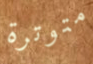
متوترة